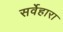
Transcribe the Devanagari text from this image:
सर्वेहारा